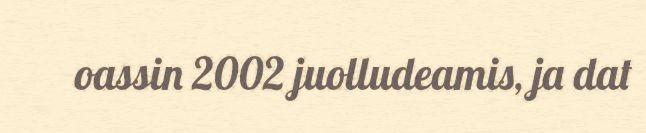
oassin 2002 juolludeamis, ja dat